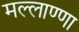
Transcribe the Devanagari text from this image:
मल्लाण्णा